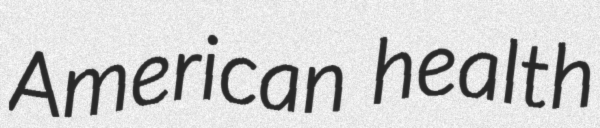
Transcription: American health